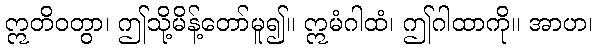
ဣတိဝတွာ၊ ဤသို့မိန့်တော်မူ၍။ ဣမံဂါထံ၊ ဤဂါထာကို။ အာဟ၊